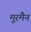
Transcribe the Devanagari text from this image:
मूरमैन